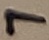
Text: 7